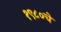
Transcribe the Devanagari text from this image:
१९८०चे